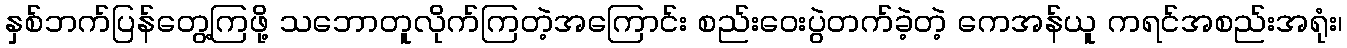
နှစ်ဘက်ပြန်တွေ့ကြဖို့ သဘောတူလိုက်ကြတဲ့အကြောင်း စည်းဝေးပွဲတက်ခဲ့တဲ့ ကေအန်ယူ ကရင်အစည်းအရုံး၊